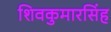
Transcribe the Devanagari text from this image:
शिवकुमारसिंह